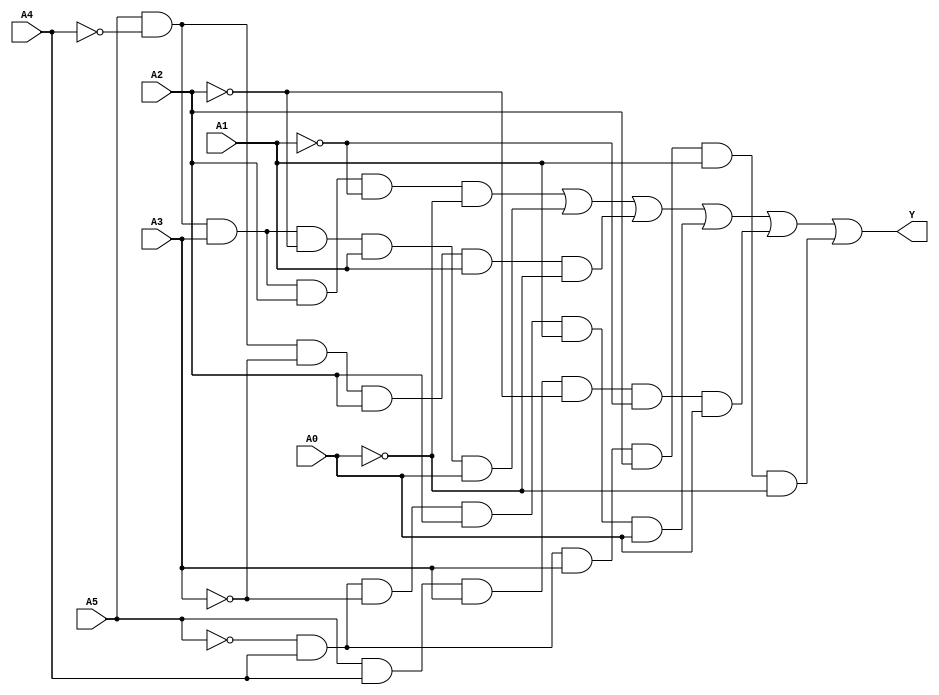
module six_variable_kmap (
    input wire A5, A4, A3, A2, A1, A0,  // Six input variables
    output wire Y                        // Output variable representing the minimized function
);

// Minimized Boolean expression based on K-map groupings
// For demonstration purposes, this example uses an arbitrary set of terms.
// You should populate this logic based on your actual K-map groups.

assign Y = (A5 & ~A4 & A3 & A2 & ~A1 & ~A0) | // Example group 1
           (A5 & ~A4 & A3 & ~A2 & A1 & A0) | // Example group 2
           (A5 & ~A4 & ~A3 & A2 & A1 & ~A0) | // Example group 3
           (~A5 & A4 & ~A3 & A2 & A1 & A0) | // Example group 4
           (A5 & A4 & A3 & ~A2 & ~A1 & A0) | // Example group 5
           (~A5 & A4 & A3 & A2 & A1 & ~A0);  // Example group 6

endmodule